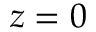
z = 0